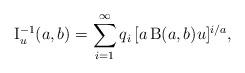
LaTeX: \begin{align*}\operatorname{I}^{-1}_{u}(a,b)=\sum_{i=1}^{\infty}q_i\,[a\operatorname{B}(a,b) u]^{i/a},\end{align*}